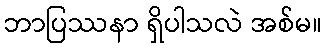
ဘာပြဿနာ ရှိပါသလဲ အစ်မ။